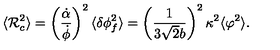
\langle { \cal R } _ { c } ^ { 2 } \rangle = \left( \frac { \dot { \alpha } } { \dot { \phi } } \right) ^ { 2 } \langle \delta \phi _ { f } ^ { 2 } \rangle = \left( \frac { 1 } { 3 \sqrt { 2 } b } \right) ^ { 2 } \kappa ^ { 2 } \langle \varphi ^ { 2 } \rangle .